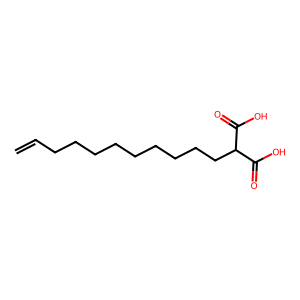
SMILES: C=CCCCCCCCCCC(C(=O)O)C(=O)O
Inhibits HIV replication: No